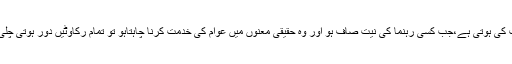
بات تو نیت کی ہوتی ہے،جب کسی رہنما کی نیت صاف ہو اور وہ حقیقی معنوں میں عوام کی خدمت کرنا چاہتاہو تو تمام رکاوٹیں دُور ہوتی چلی جاتی ہیں۔